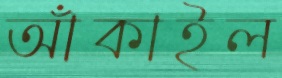
আঁকাইল